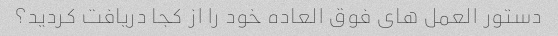
دستور العمل های فوق العاده خود را از کجا دریافت کردید؟